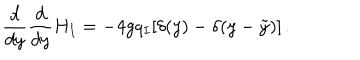
{ \frac { d } { d y } } { \frac { d } { d y } } H _ { I } = - 4 g q _ { I } [ \delta ( y ) - \delta ( y - \tilde { y } ) ] \, .